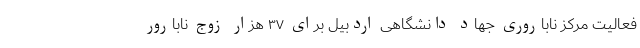
فعالیت مرکز ناباروری جهاد دانشگاهی اردبیل برای ۳۷ هزار زوج نابارور